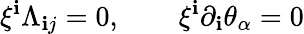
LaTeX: \xi^{\mathbf{i}}\Lambda_{\mathbf{i}j}=0,\qquad\xi^{\mathbf{i}}\partial_{\mathbf{i}}\theta_{\alpha}=0